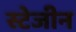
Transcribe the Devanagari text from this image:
स्टेजीन